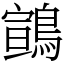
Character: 䳦